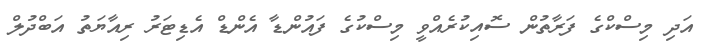
އަދި މިސްކްގެ ފަރާތުން ސޮއިކުރެއްވީ މިސްކުގެ ފައުންޑާ އެންޑް އެޑިޓަރު ރިއާޔަތު އަބްދުލް